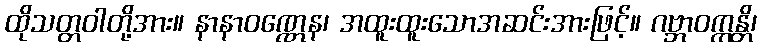
ထိုသတ္တဝါတို့အား။ နာနာဝဏ္ဏေန၊ အထူးထူးသောအဆင်းအားဖြင့်။ ဂဗ္ဘာဝက္ကန္တိ၊